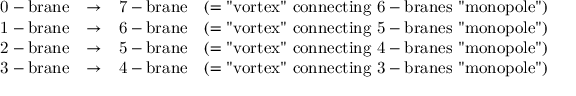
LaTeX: \begin{array} { c c c c } { { \mathrm { 0 - b r a n e } } } & { { \rightarrow } } & { { \mathrm { 7 - b r a n e } } } & { { ( = \mathrm { " v o r t e x " ~ c o n n e c t i n g ~ 6 - b r a n e s ~ " m o n o p o l e " } ) } } \\ { { \mathrm { 1 - b r a n e } } } & { { \rightarrow } } & { { \mathrm { 6 - b r a n e } } } & { { ( = \mathrm { " v o r t e x " ~ c o n n e c t i n g ~ 5 - b r a n e s ~ " m o n o p o l e " } ) } } \\ { { \mathrm { 2 - b r a n e } } } & { { \rightarrow } } & { { \mathrm { 5 - b r a n e } } } & { { ( = \mathrm { " v o r t e x " ~ c o n n e c t i n g ~ 4 - b r a n e s ~ " m o n o p o l e " } ) } } \\ { { \mathrm { 3 - b r a n e } } } & { { \rightarrow } } & { { \mathrm { 4 - b r a n e } } } & { { ( = \mathrm { " v o r t e x " ~ c o n n e c t i n g ~ 3 - b r a n e s ~ " m o n o p o l e " } ) } } \end{array}